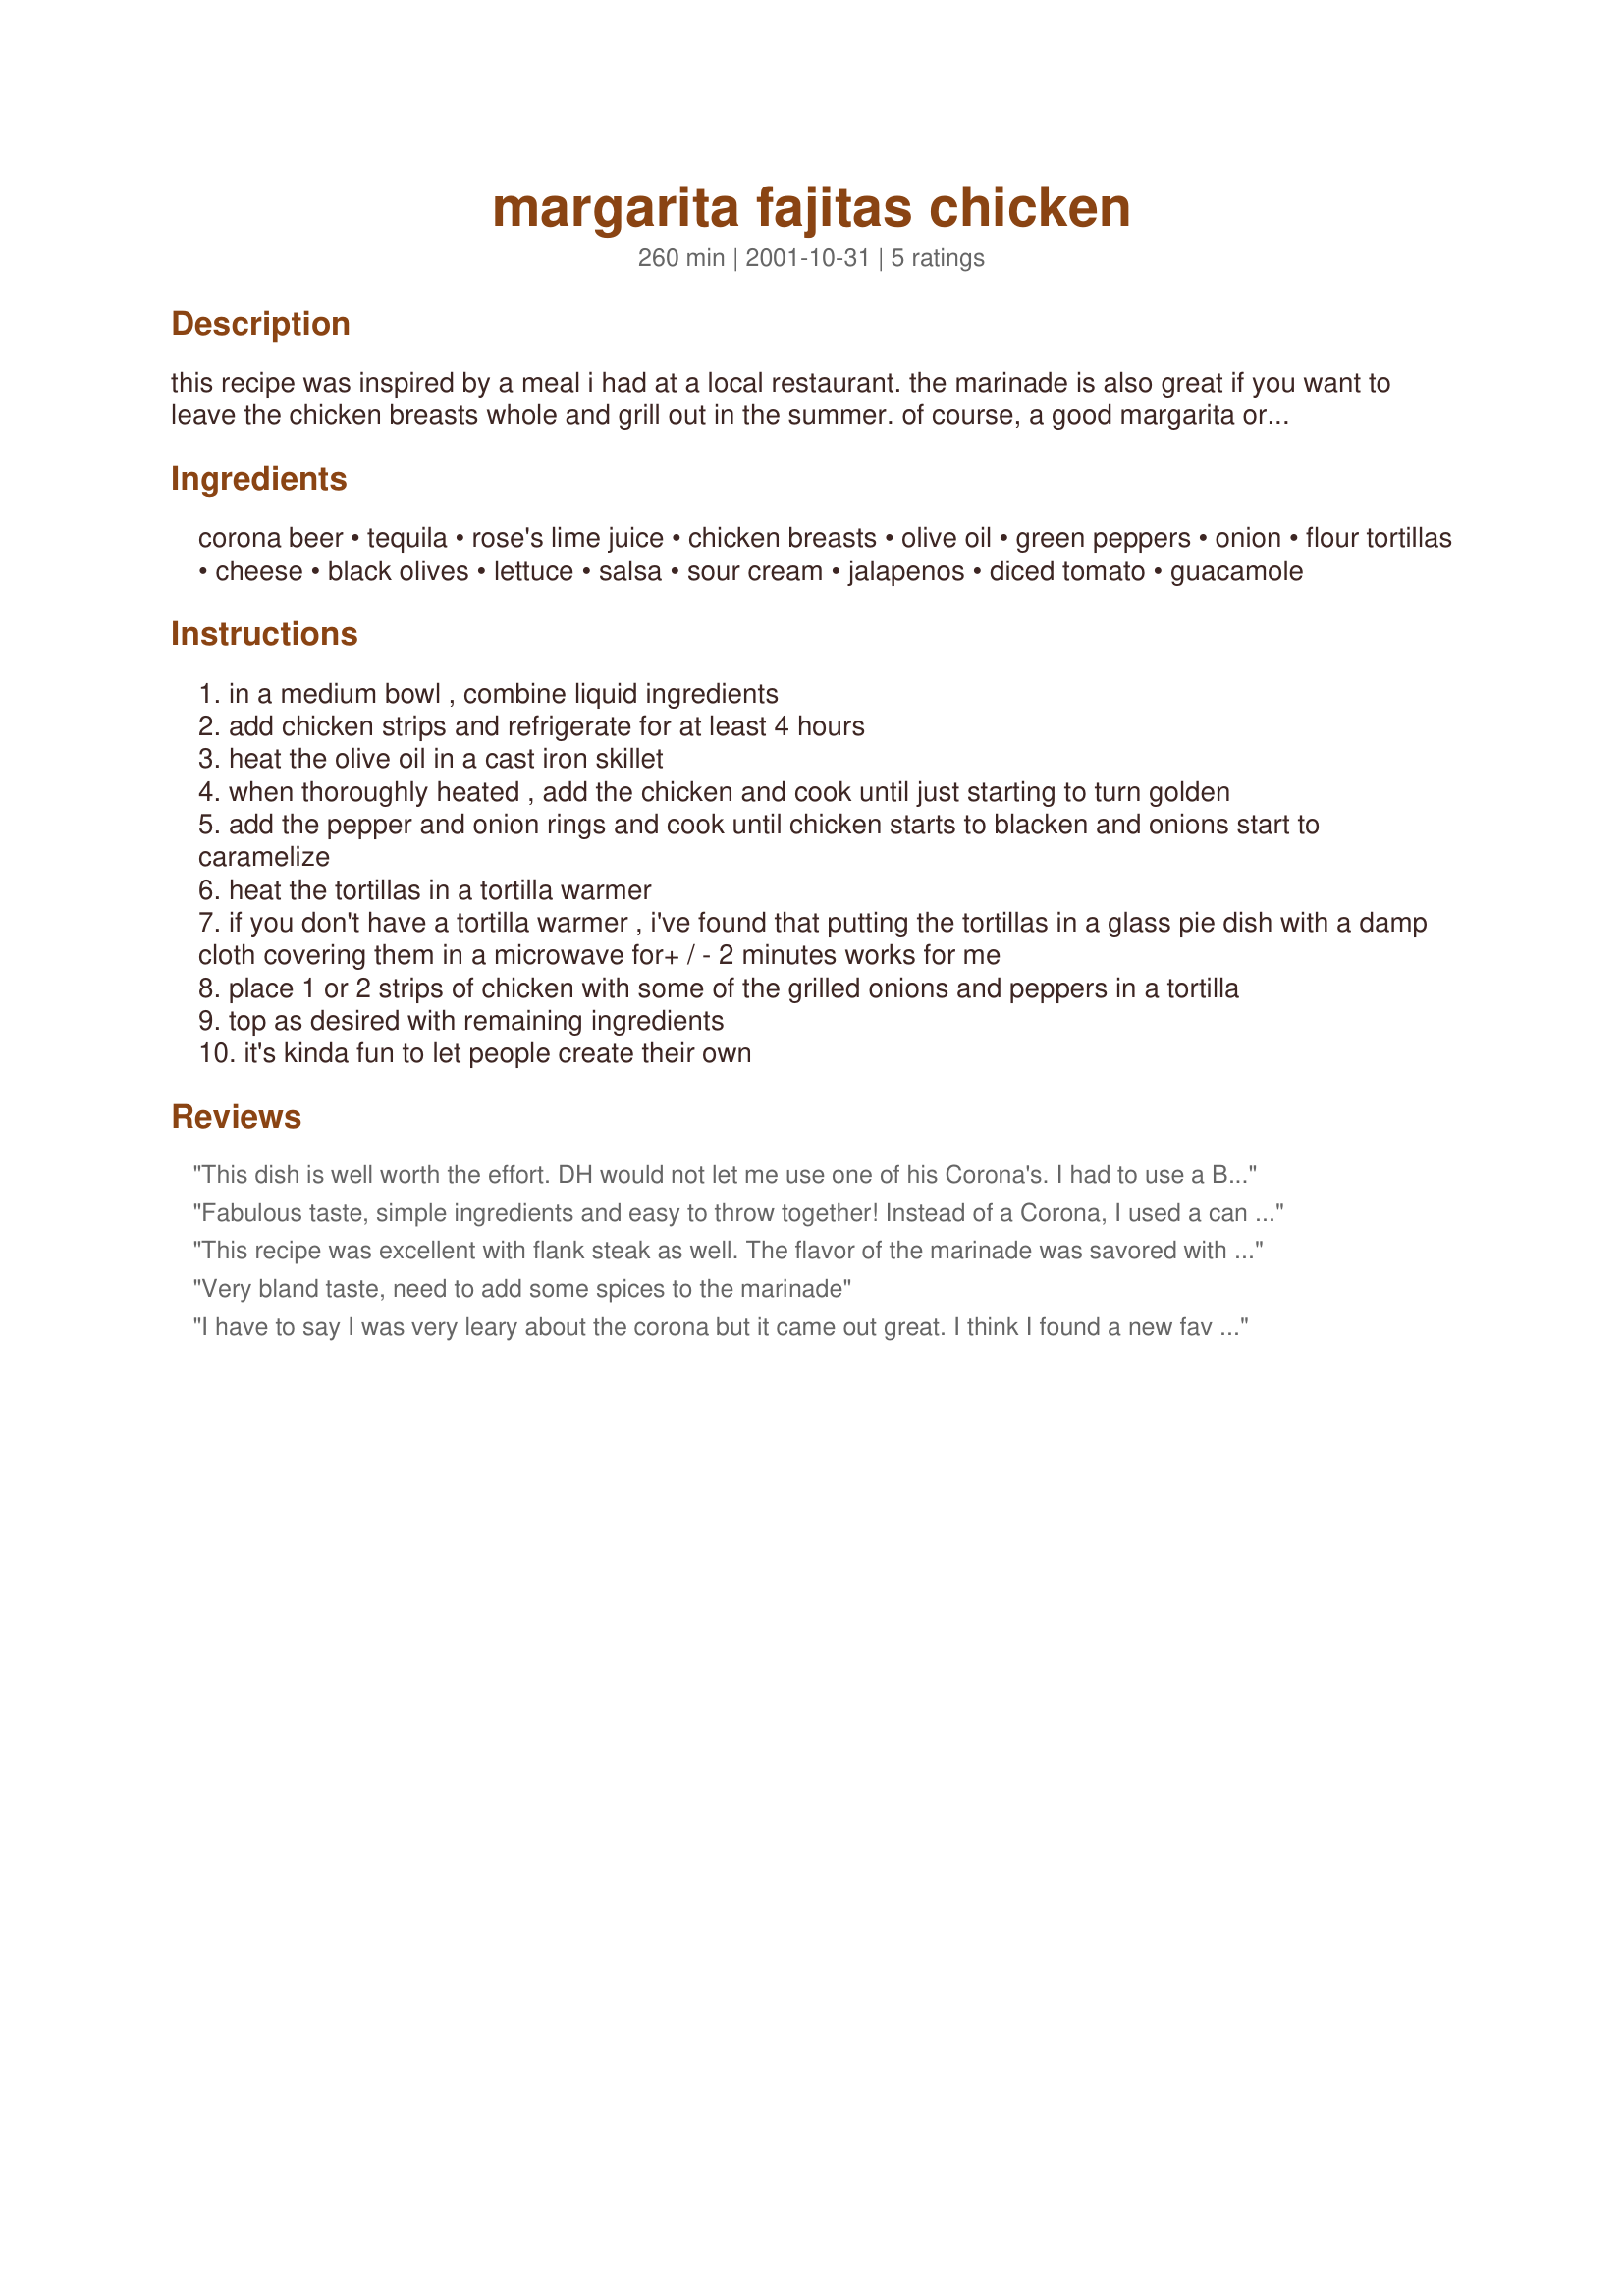
margarita fajitas chicken
Preparation time: 260 minutes

this recipe was inspired by a meal i had at a local restaurant. the marinade is also great if you want to leave the chicken breasts whole and grill out in the summer. of course, a good margarita or sangria are my beverages of choice with this dish.

Ingredients:
corona beer, tequila, rose's lime juice, chicken breasts, olive oil, green peppers, onion, flour tortillas, cheese, black olives, lettuce, salsa, sour cream, jalapenos, diced tomato, guacamole

Steps:
in a medium bowl , combine liquid ingredients
add chicken strips and refrigerate for at least 4 hours
heat the olive oil in a cast iron skillet
when thoroughly heated , add the chicken and cook until just starting to turn golden
add the pepper and onion rings and cook until chicken starts to blacken and onions start to caramelize
heat the tortillas in a tortilla warmer
if you don't have a tortilla warmer , i've found that putting the tortillas in a glass pie dish with a damp cloth covering them in a microwave for+ / - 2 minutes works for me
place 1 or 2 strips of chicken with some of the grilled onions and peppers in a tortilla
top as desired with remaining ingredients
it's kinda fun to let people create their own

Reviews:
This dish is well worth the effort. DH would not let me use one of his Corona's. I had to use a Budweiser instead. The rest of the recipe I followed to a T. This is really good and I will make it again. Served it with recipe #41168. Finished the meal off with a margarita using recipe #98221. Thanks, for posting Lori Fields
Fabulous taste, simple ingredients and easy to throw together! Instead of a Corona, I used a can of the King of Beers (Bud). I used a very large skillet and I'm sure I tantalized the neighbors with the aroma of my Mexican kitchen tonight! My husband has requested we try this with steak strips next time. MERP'd for All New Zaar Cookbook Tag.
This recipe was excellent with flank steak as well. The flavor of the marinade was savored with every bite ...Lisa definitely recommends everyone try it with steak.
Very bland taste, need to add some spices to the marinade
I have to say I was very leary about the corona but it came out great. I think I found a new fav marinade for chicken.
